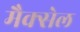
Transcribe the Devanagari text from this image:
मैक्सेल